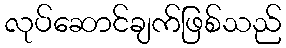
လုပ်ဆောင်ချက်ဖြစ်သည်